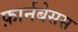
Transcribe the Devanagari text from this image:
फ़ार्नबेसस